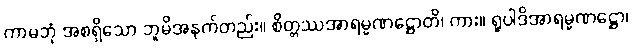
ကာမဘုံ အစရှိသော ဘူမိအနက်တည်း။ စိတ္တဿအာရမ္မဏဋ္ဌောတိ၊ ကား။ ရူပါဒိအာရမ္မဏဋ္ဌော၊